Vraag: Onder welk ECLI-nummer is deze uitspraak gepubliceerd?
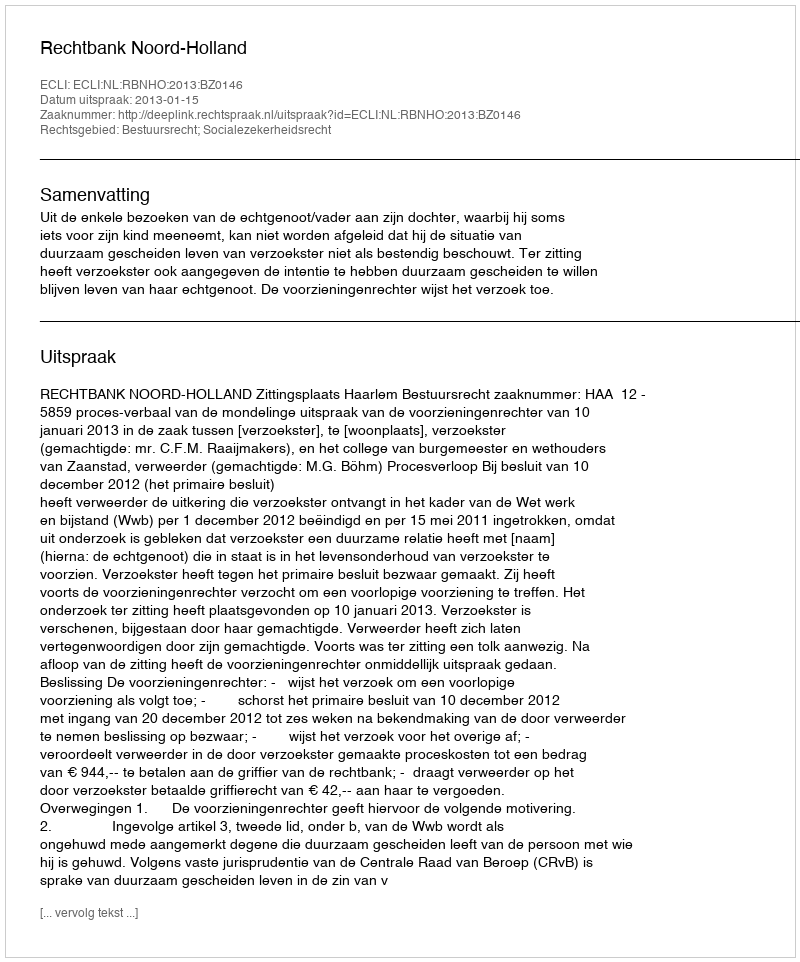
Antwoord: ECLI:NL:RBNHO:2013:BZ0146